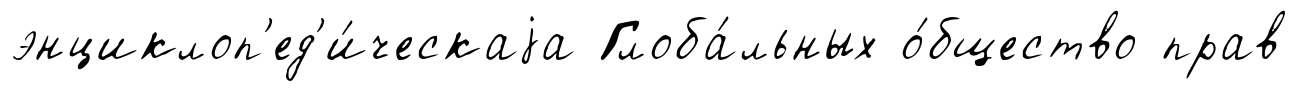
энциклоп'ед'и́ческаjа Глоба́льных о́бщество прав